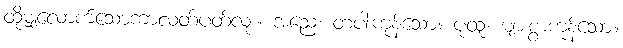
ထိုမျှလောက်သောကာလတ်ပတ်လုံး။ အညေ၊ တပါးကုန်သော။ ပုထူ၊ များစွာကုန်သော။